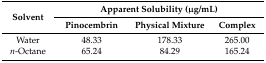
<table><thead><tr><td rowspan="2"><b>Solvent</b></td><td colspan="3"><b>Apparent Solubility (μg/mL)</b></td></tr><tr><td><b>Pinocembrin</b></td><td><b>Physical Mixture</b></td><td><b>Complex</b></td></tr></thead><tbody><tr><td>Water</td><td>48.33</td><td>178.33</td><td>265.00</td></tr><tr><td><i>n</i>-Octane</td><td>65.24</td><td>84.29</td><td>165.24</td></tr></tbody></table>